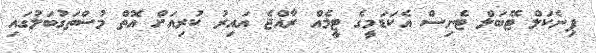
ޕިނެކަލް ޓޭބަލް ޓެނިސް އެކަޑަމީގެ ޓީމެއް ރާއްޖެ އައިރު ކުރިއަށް އޮތް މުސްތަގުބަލުގައި